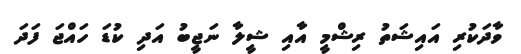
ވާދަކުރި އައިޝަތު ރިޝްމީ އާއި ޝީލާ ނަޖީބު އަދި ކުޑަ ހައްޖަ ފަދަ